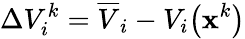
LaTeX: \Delta V_{i}^{k}=\overline{{V}}_{i}-V_{i}\big(\mathbf{x}^{k}\big)